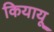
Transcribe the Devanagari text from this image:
कियायू